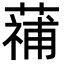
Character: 𮑑